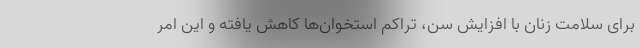
برای سلامت زنان با افزایش سن، تراکم استخوان‌ها کاهش یافته و این امر